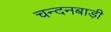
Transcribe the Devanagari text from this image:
चन्दनबाड़ी